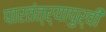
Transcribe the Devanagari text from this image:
पारतंत्र्यापुर्वी